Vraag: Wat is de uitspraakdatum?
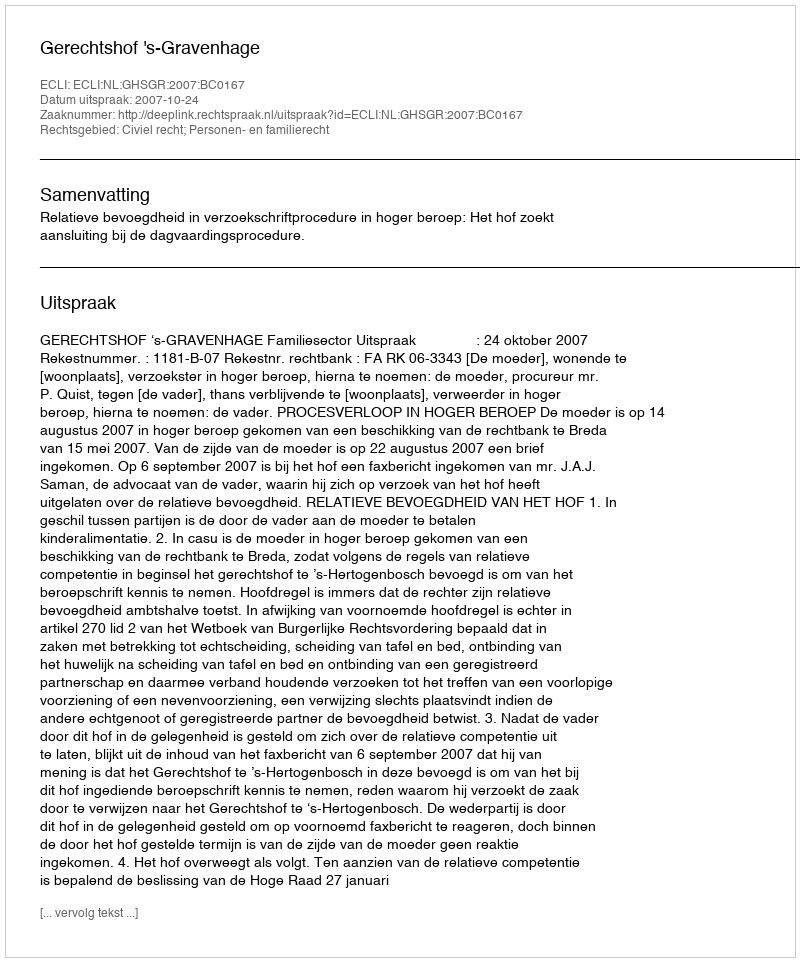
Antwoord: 2007-10-24